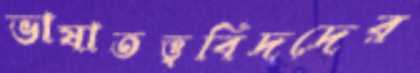
ভাষাতত্ত্ববিদদের